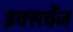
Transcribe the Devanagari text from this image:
इक्सचेंज